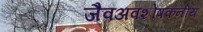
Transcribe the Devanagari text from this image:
जैवअवशोषकनीय